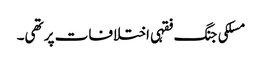
مسلکی جنگ فقہی اختلافات پر تھی۔